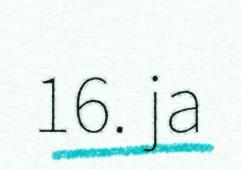
16. ja